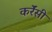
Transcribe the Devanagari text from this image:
कर्रेंसी